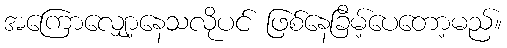
အကြောလျှော့နေသလိုပင် ဖြစ်နေခြိမ့်ပေတော့မည်။